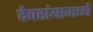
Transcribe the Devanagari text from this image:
देवरांयामध्ये